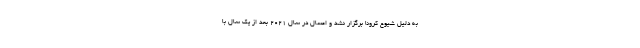
به دلیل شیوع کرونا برگزار نشد و امسال در سال ۲۰۲۱ بعد از یک سال با